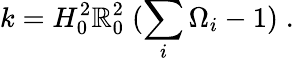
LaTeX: k=H_{0}^{2}\mathbb{R}_{0}^{2}\; (\sum_{i}\Omega_{i}-1)\; .